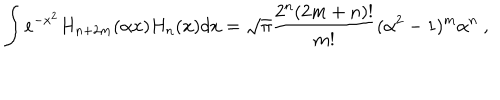
\int e ^ { - x ^ { 2 } } H _ { n + 2 m } ( \alpha x ) H _ { n } ( x ) d x = \sqrt { \pi } { \frac { 2 ^ { n } ( 2 m + n ) ! } { m ! } } ( \alpha ^ { 2 } - 1 ) ^ { m } \alpha ^ { n } \ ,